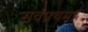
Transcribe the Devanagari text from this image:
सर्वप्रथम।